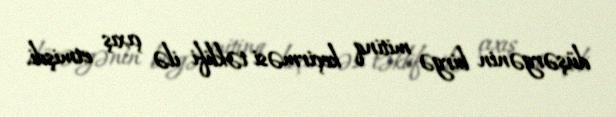
düşərgənin birgə mitinq keçirməsi təklifi ilə çıxış etmişdi.